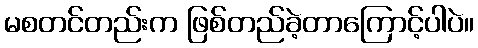
မစတင်တည်းက ဖြစ်တည်ခဲ့တာကြောင့်ပါပဲ။